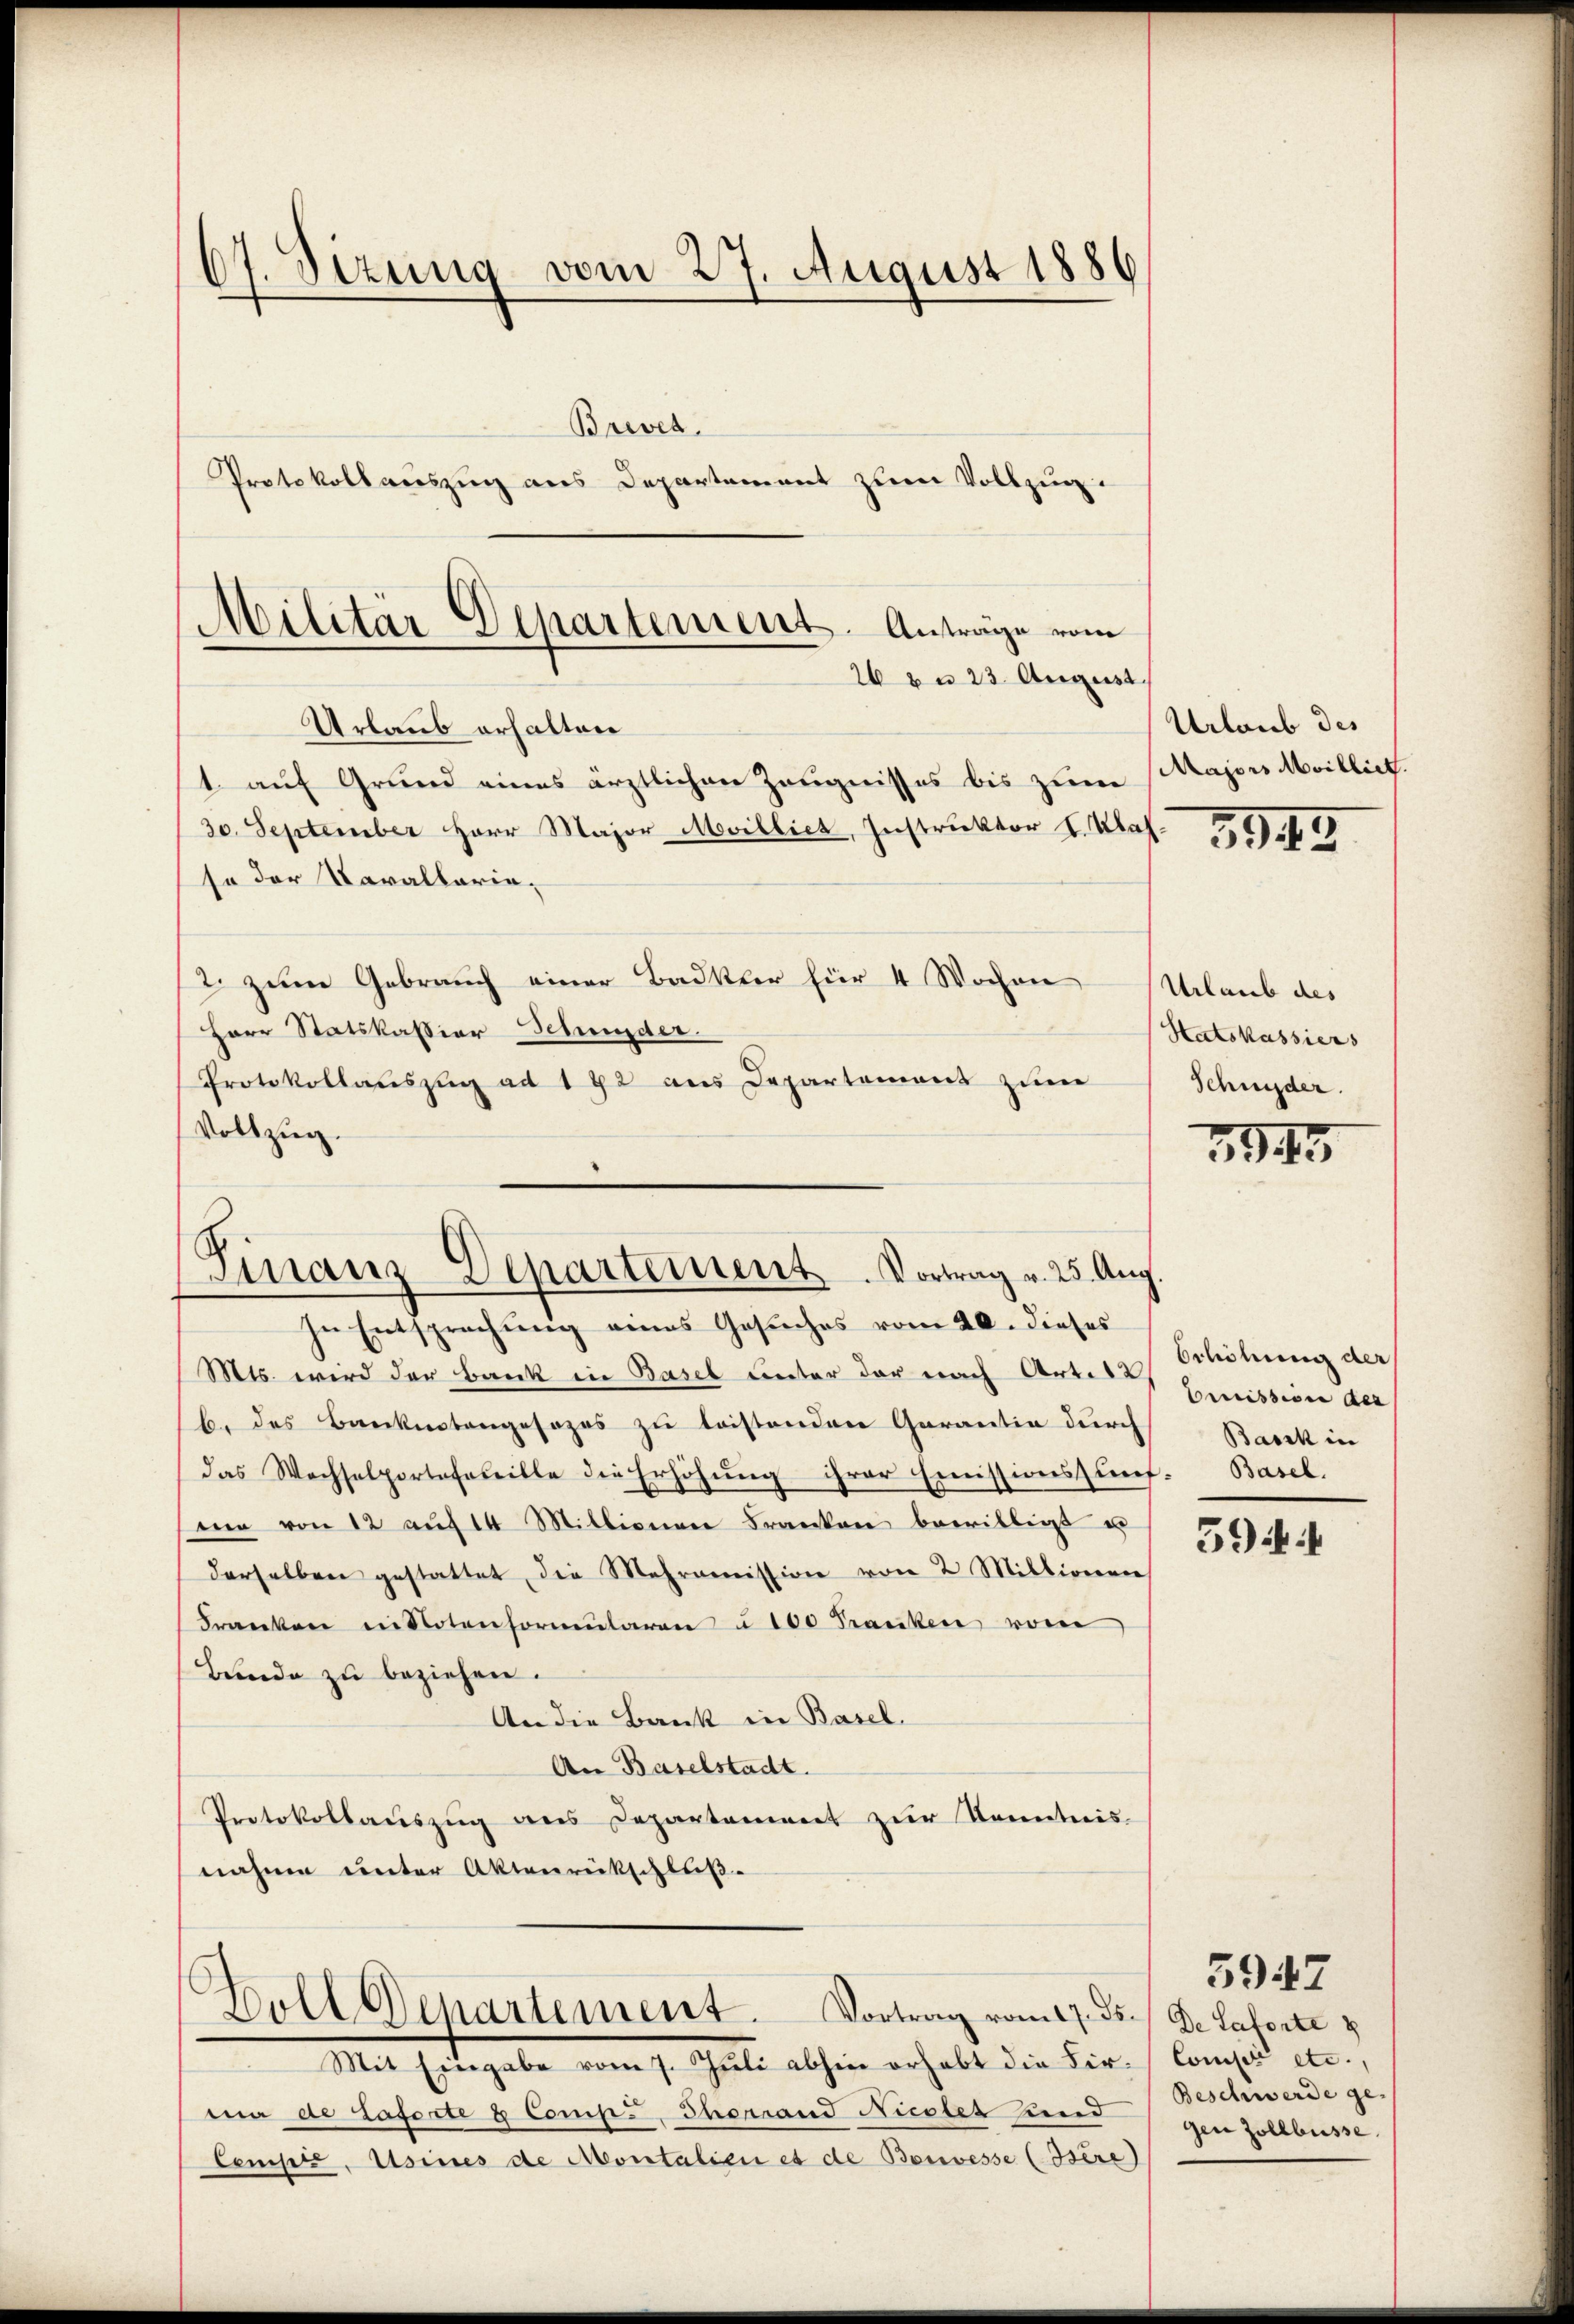
67. Sizung vom 27. August 1886
Brevet.
Protokollauszug aus Departement zum Vollzug.
Militär Departement. Anträge vom
26 zu 23 August.

Urlaub erhalten
so der Varallaria-
2. zum Gebrauch einer Badkter für 4 Wochen
Herr Statskassion Sehender
Protokollauszug ad 192 aus Departement zum
Vollzug.

1. auf Grund eines ärztlichen Zeugnisses bis zum
30. September Herr Major Milliet, Instruktor I. Klas

Finanz-Departement. Vortrag v. 25. Aug.

Goll Departement. Vortrag vom 17. ds.

Mit Eingabe vom 7. Juli abhin erhebt die Firma de Taferte & Comp., Thorrand Nudler und
Campi, Meines de Montalien et de Bonvesse (Bsère)

Urlaub des
Majors Milliet.

In Entsprechung eines Gesuches vom 20. dieses
Mts. wird der Bank in Basel unter der nach Art. 12
b. des Banknotengesezes zu leistenden Garantia durch
das Wechselportofoleille die Erhöhung ihrer Emissionssung
mie von 12 aŭf 14 Millionen Franken bewilligt u
derselben gestattet, die Mehromission von 2 Millionen
Franken in Notenformŭlaren u. 100 Franken vom
Bunde zŭ beziehen.
An die Bank in Basel.
An Baselstadt.
Protokollauszug aus Departement zur Kenntnis-
nahme unter Aktenrückschluß-

3945

Urlaub des
Satskassiers
Schnyder.

3945

Orhöhung der
Erreission der
Basik in
Basel.

5944

De Satorte 8
Consis etc.,
Beschwerde ge-
gen Zollbüsse.

5947